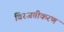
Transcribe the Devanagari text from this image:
विरजतीकरण